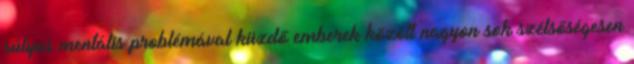
súlyos mentális problémával küzdő emberek között nagyon sok szélsőségesen